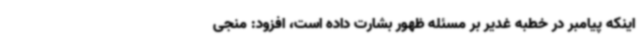
اینکه پیامبر در خطبه غدیر بر مسئله ظهور بشارت داده است، افزود: منجی